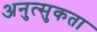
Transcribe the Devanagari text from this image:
अनुत्सुकता